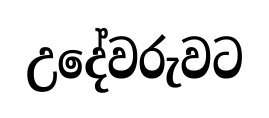
උදේවරුවට